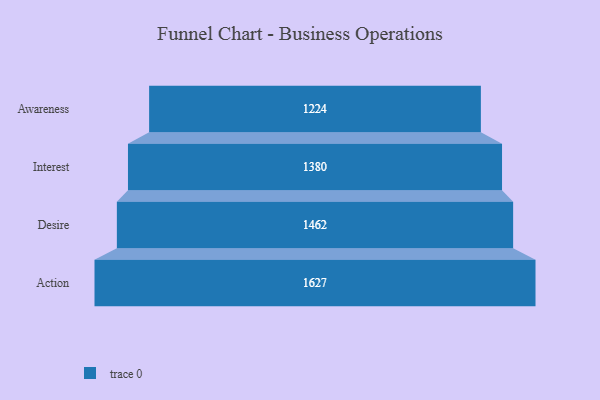
{"axis": {"x": "Stage", "y": "Value"}, "legend": [""], "data": [{"x": "Awareness", "y": 1224.0, "type": ""}, {"x": "Interest", "y": 1380.0, "type": ""}, {"x": "Desire", "y": 1462.0, "type": ""}, {"x": "Action", "y": 1627.0, "type": ""}]}